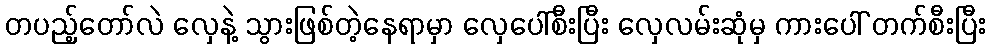
တပည့်တော်လဲ လှေနဲ့ သွားဖြစ်တဲ့နေရာမှာ လှေပေါ်စီးပြီး လှေလမ်းဆုံမှ ကားပေါ် တက်စီးပြီး